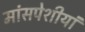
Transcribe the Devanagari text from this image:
मांसपेशीयां